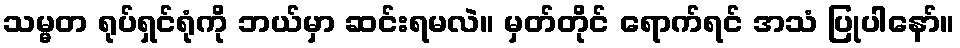
သမ္မတ ရုပ်ရှင်ရုံကို ဘယ်မှာ ဆင်းရမလဲ။ မှတ်တိုင် ရောက်ရင် အသံ ပြုပါနော်။